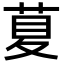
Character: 𦱛